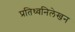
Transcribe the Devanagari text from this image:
प्रतिध्वनिलेखन